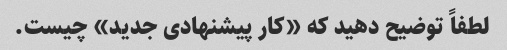
لطفاً توضیح دهید که «کار پیشنهادی جدید» چیست.